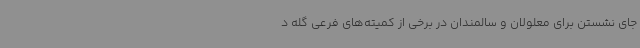
جای نشستن برای معلولان و سالمندان در برخی از کمیته‌های فرعی گله د